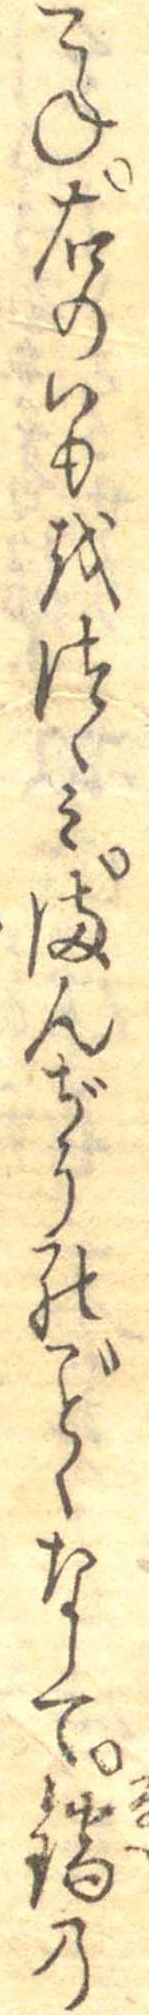
こね右のいもをつゝみまんぢうのごとくなして鍋の